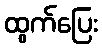
ထွက်ပြေး